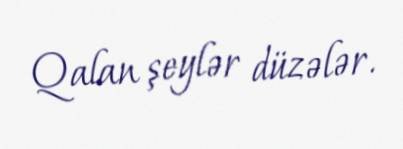
Qalan şeylər düzələr.